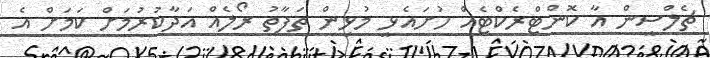
ޗެލްސީން އާ ކޮންޓްރެކްޓެއް ހުށައެޅީ މުޅިން ތަފާތު ރޯލެއް އަދާކުރުމަށް ކަމަށް އެ